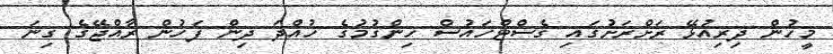
މީހުން ދިރިއުޅޭ ރަށްރަށުގައި ގެސްޓްހައުސް ހިންގުމުގެ ހުއްދަ ދިން ފަހުން ރާއްޖޭގެ ގިނަ